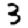
Digit: 3